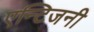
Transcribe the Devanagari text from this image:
एन्टिजनी